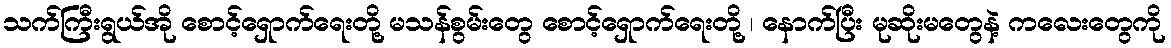
သက်ကြီးရွယ်အို စောင့်ရှောက်ရေးတို့ မသန်စွမ်းတွေ စောင့်ရှောက်ရေးတို့ ၊ နောက်ပြီး မုဆိုးမတွေနဲ့ ကလေးတွေကို